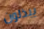
يبذلون